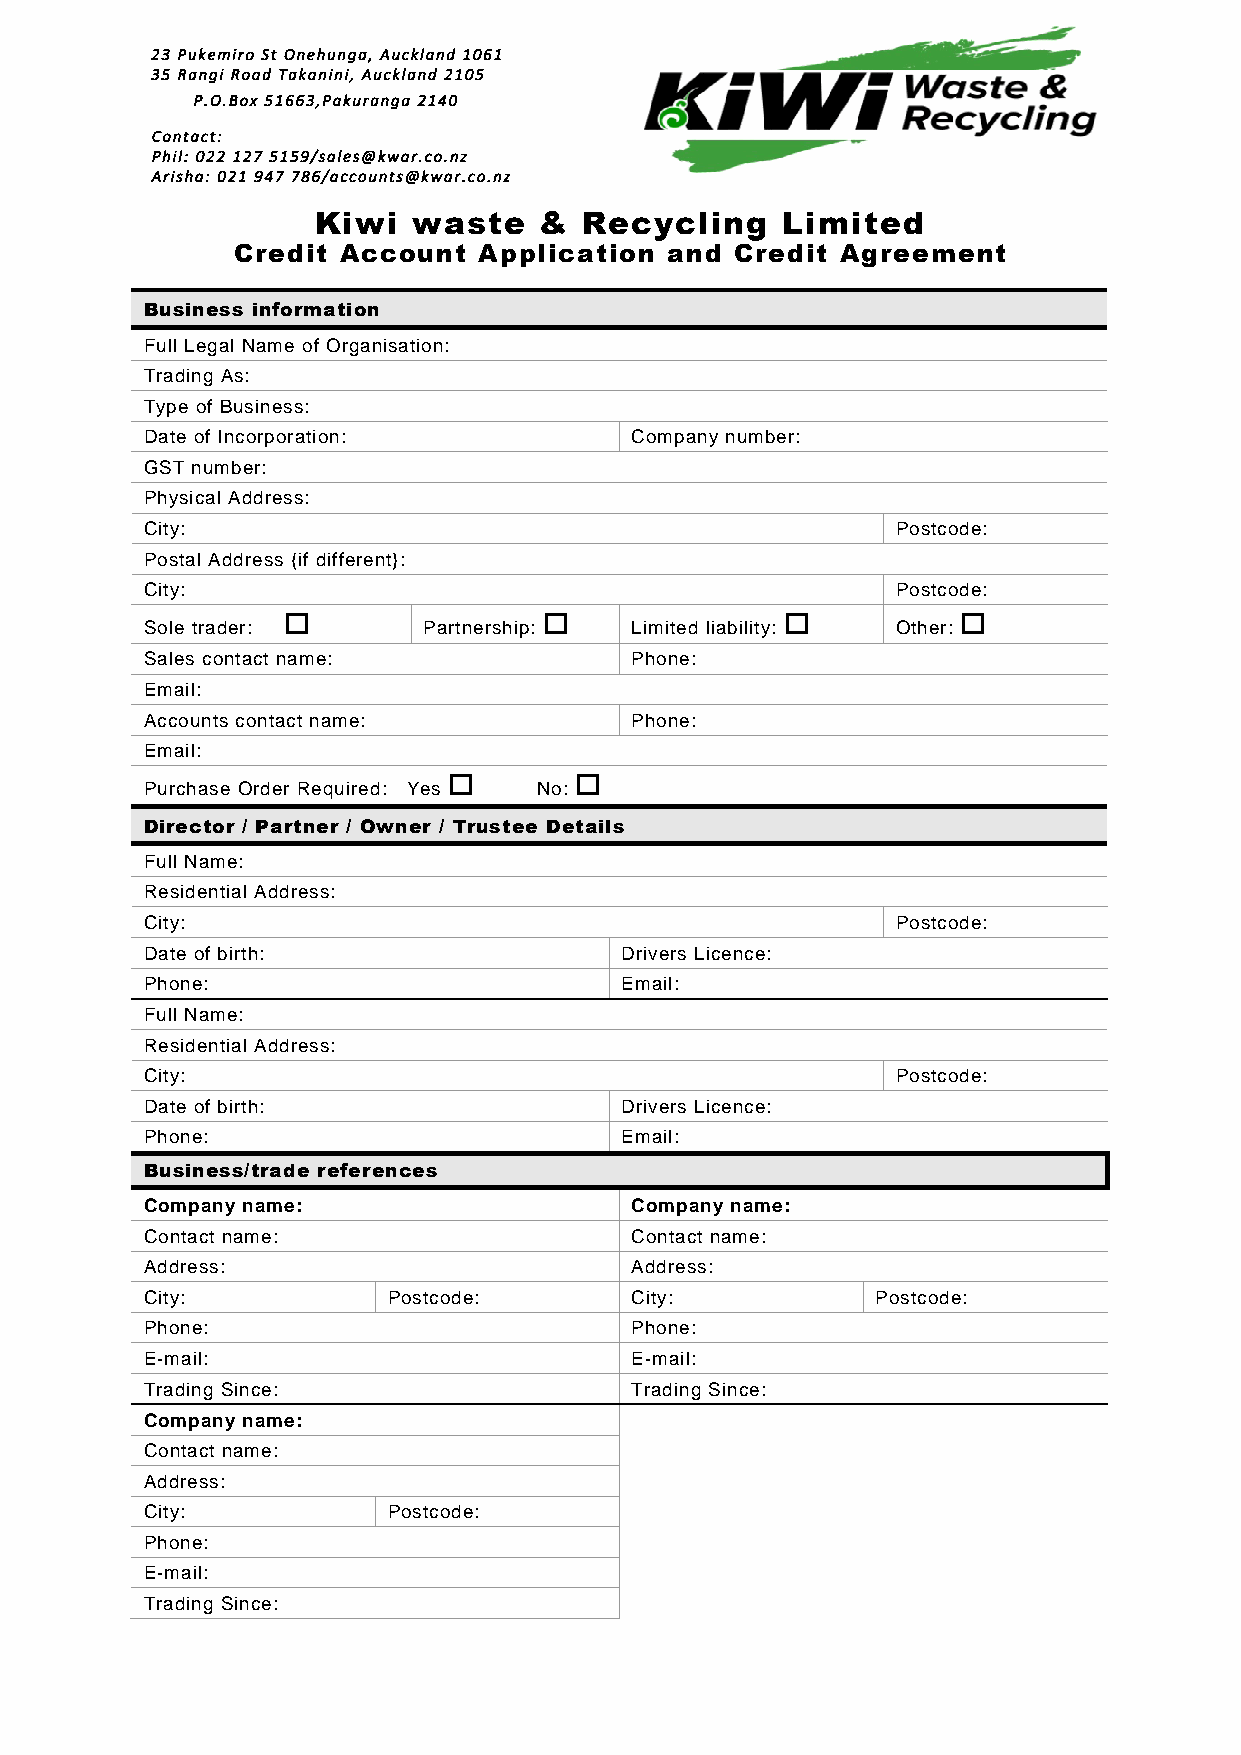
23 Pukemiro St Onehunga, Auckland 1061
 35 Rangi Road Takanini, Auckland 2105
 P.O.Box 51663,Pakuranga 2140
 Contact:
 Phil: 022 127 5159/sales@kwar.co.nz
 Arisha: 021 947 786/accounts@kwar.co.nz
 Kiwi  waste    &  Recycling    Limited
 Cred it Account  Application and  Credit Agreement
 Business information
 Full Legal Name of Organisation:
 Trading As:
 Type of Business:
 Date of Incorporation:          Company number:
 GST number:
 Physical Address:
 City:                                            Postcode:
 Postal Address {if different}:
 City:                                            Postcode:
                                           
 Sole trader:      Partnership:  Limited liability: Other:
 Sales contact name:             Phone:
 Email:
 Accounts contact name:          Phone:
 Email:
        
 Purchase Order Required: Yes No:
 Director / Partner / Owner / Trustee Details
 Full Name:
 Residential Address:
 City:                                            Postcode:
 Date of birth:                 Drivers Licence:
 Phone:                         Email:
 Full Name:
 Residential Address:
 City:                                            Postcode:
 Date of birth:                 Drivers Licence:
 Phone:                         Email:
 Business/trade references
 Company name:                   Company name:
 Contact name:                   Contact name:
 Address:                        Address:
 City:           Postcode:       City:           Postcode:
 Phone:                          Phone:
 E-mail:                         E-mail:
 Trading Since:                  Trading Since:
 Company name:
 Contact name:
 Address:
 City:           Postcode:
 Phone:
 E-mail:
 Trading Since: